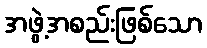
အဖွဲ့အစည်းဖြစ်သော